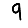
Digit: 9